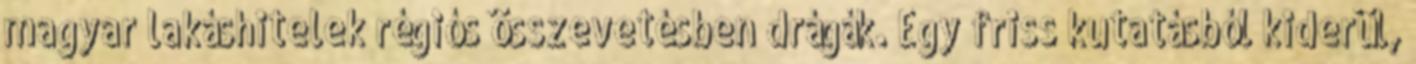
magyar lakáshitelek régiós összevetésben drágák. Egy friss kutatásból kiderül,